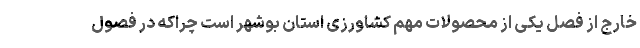
خارج از فصل یکی از محصولات مهم کشاورزی استان بوشهر است چراکه در فصول